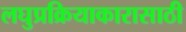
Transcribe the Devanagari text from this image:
लघुप्रक्रियाकारासाठी